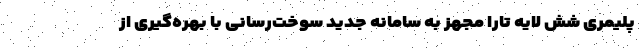
پلیمری شش لایه تارا مجهز به سامانه جدید سوخت‌رسانی با بهره‌گیری از